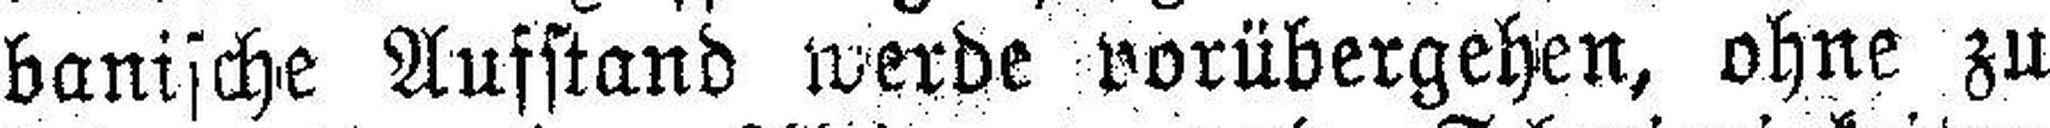
banische Aufstand werde vorübergehen, ohne zu